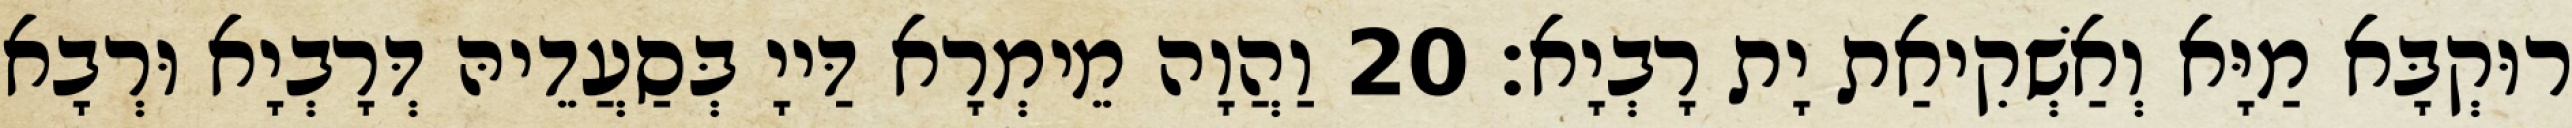
רוּקְבָּא מַיָּא וְאַשְׁקִיאַת יָת רָבְיָא׃ 20 וַהֲוָה מֵימְרָא דַּייָ בְּסַעֲדֵיהּ דְּרָבְיָא וּרְבָא